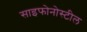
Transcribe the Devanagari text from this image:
साइफोनोस्टील